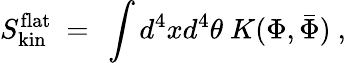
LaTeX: S_{\mathrm{kin}}^{\mathrm{flat}}\ =\ \int d^{4}xd^{4}\theta\ K(\Phi,\bar{\Phi})\ ,